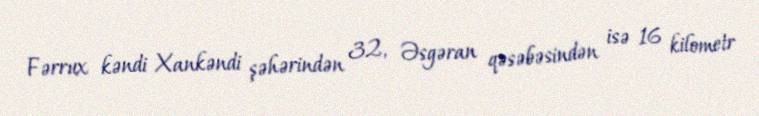
Fərrux kəndi Xankəndi şəhərindən 32, Əsgəran qəsəbəsindən isə 16 kilometr